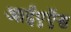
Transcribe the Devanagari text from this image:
आईएऍस